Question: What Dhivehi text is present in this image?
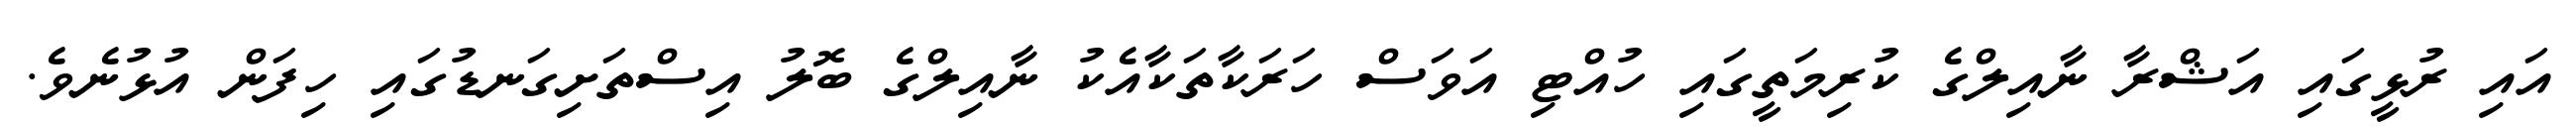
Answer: އައި ރުޅީގައި އަޝްރާ ނާއިލްގެ ކުރިމަތީގައި ހުއްޓި އަވަސް ހަރަކާތަކާއެކު ނާއިލްގެ ބޮލު އިސްތަށިގަނޑުގައި ހިފަން އުޅުނެވެ.